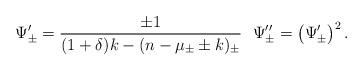
LaTeX: \begin{align*}\Psi'_{\pm} = \frac{\pm 1}{(1+\delta)k - (n-\mu_{\pm} \pm k)_{\pm }}\ \ \Psi''_{\pm} = \left( \Psi'_{\pm}\right)^2.\end{align*}